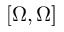
[ \Omega , \Omega ]